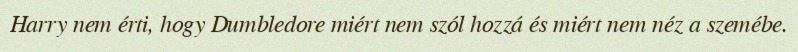
Harry nem érti, hogy Dumbledore miért nem szól hozzá és miért nem néz a szemébe.